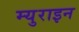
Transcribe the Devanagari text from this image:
म्युराइन